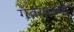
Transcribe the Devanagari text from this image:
गवयांच्या